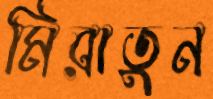
মিরাতুন